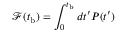
\mathcal { F } ( t _ { \mathrm { b } } ) = \int _ { 0 } ^ { t _ { \mathrm { b } } } d t ^ { \prime } P ( t ^ { \prime } )